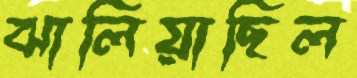
ঝালিয়াছিল